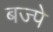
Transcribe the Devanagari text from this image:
बज्पे